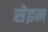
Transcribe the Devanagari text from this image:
सेइम